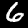
Label: 6